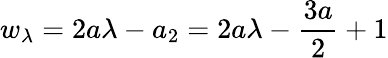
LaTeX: w_{\lambda}=2a\lambda-a_{2}=2a\lambda-\frac{3a}{2}+1